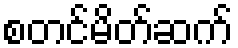
စတင်မိတ်ဆက်